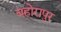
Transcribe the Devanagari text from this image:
बहोरापुर